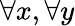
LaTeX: \forall x,\forall y